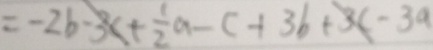
= - 2 b - 3 c + \frac { 1 } { 2 } a - c + 3 b + 3 c - 3 a